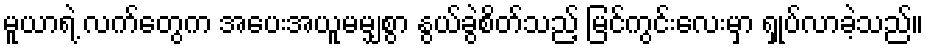
မူယာရဲ့ လက်တွေက အပေးအယူမမျှစွာ နွယ်ခွဲစိတ်သည့် မြင်ကွင်းလေးမှာ ရှုပ်လာခဲ့သည်။